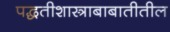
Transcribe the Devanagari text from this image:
पद्धतीशास्त्राबाबातीतील